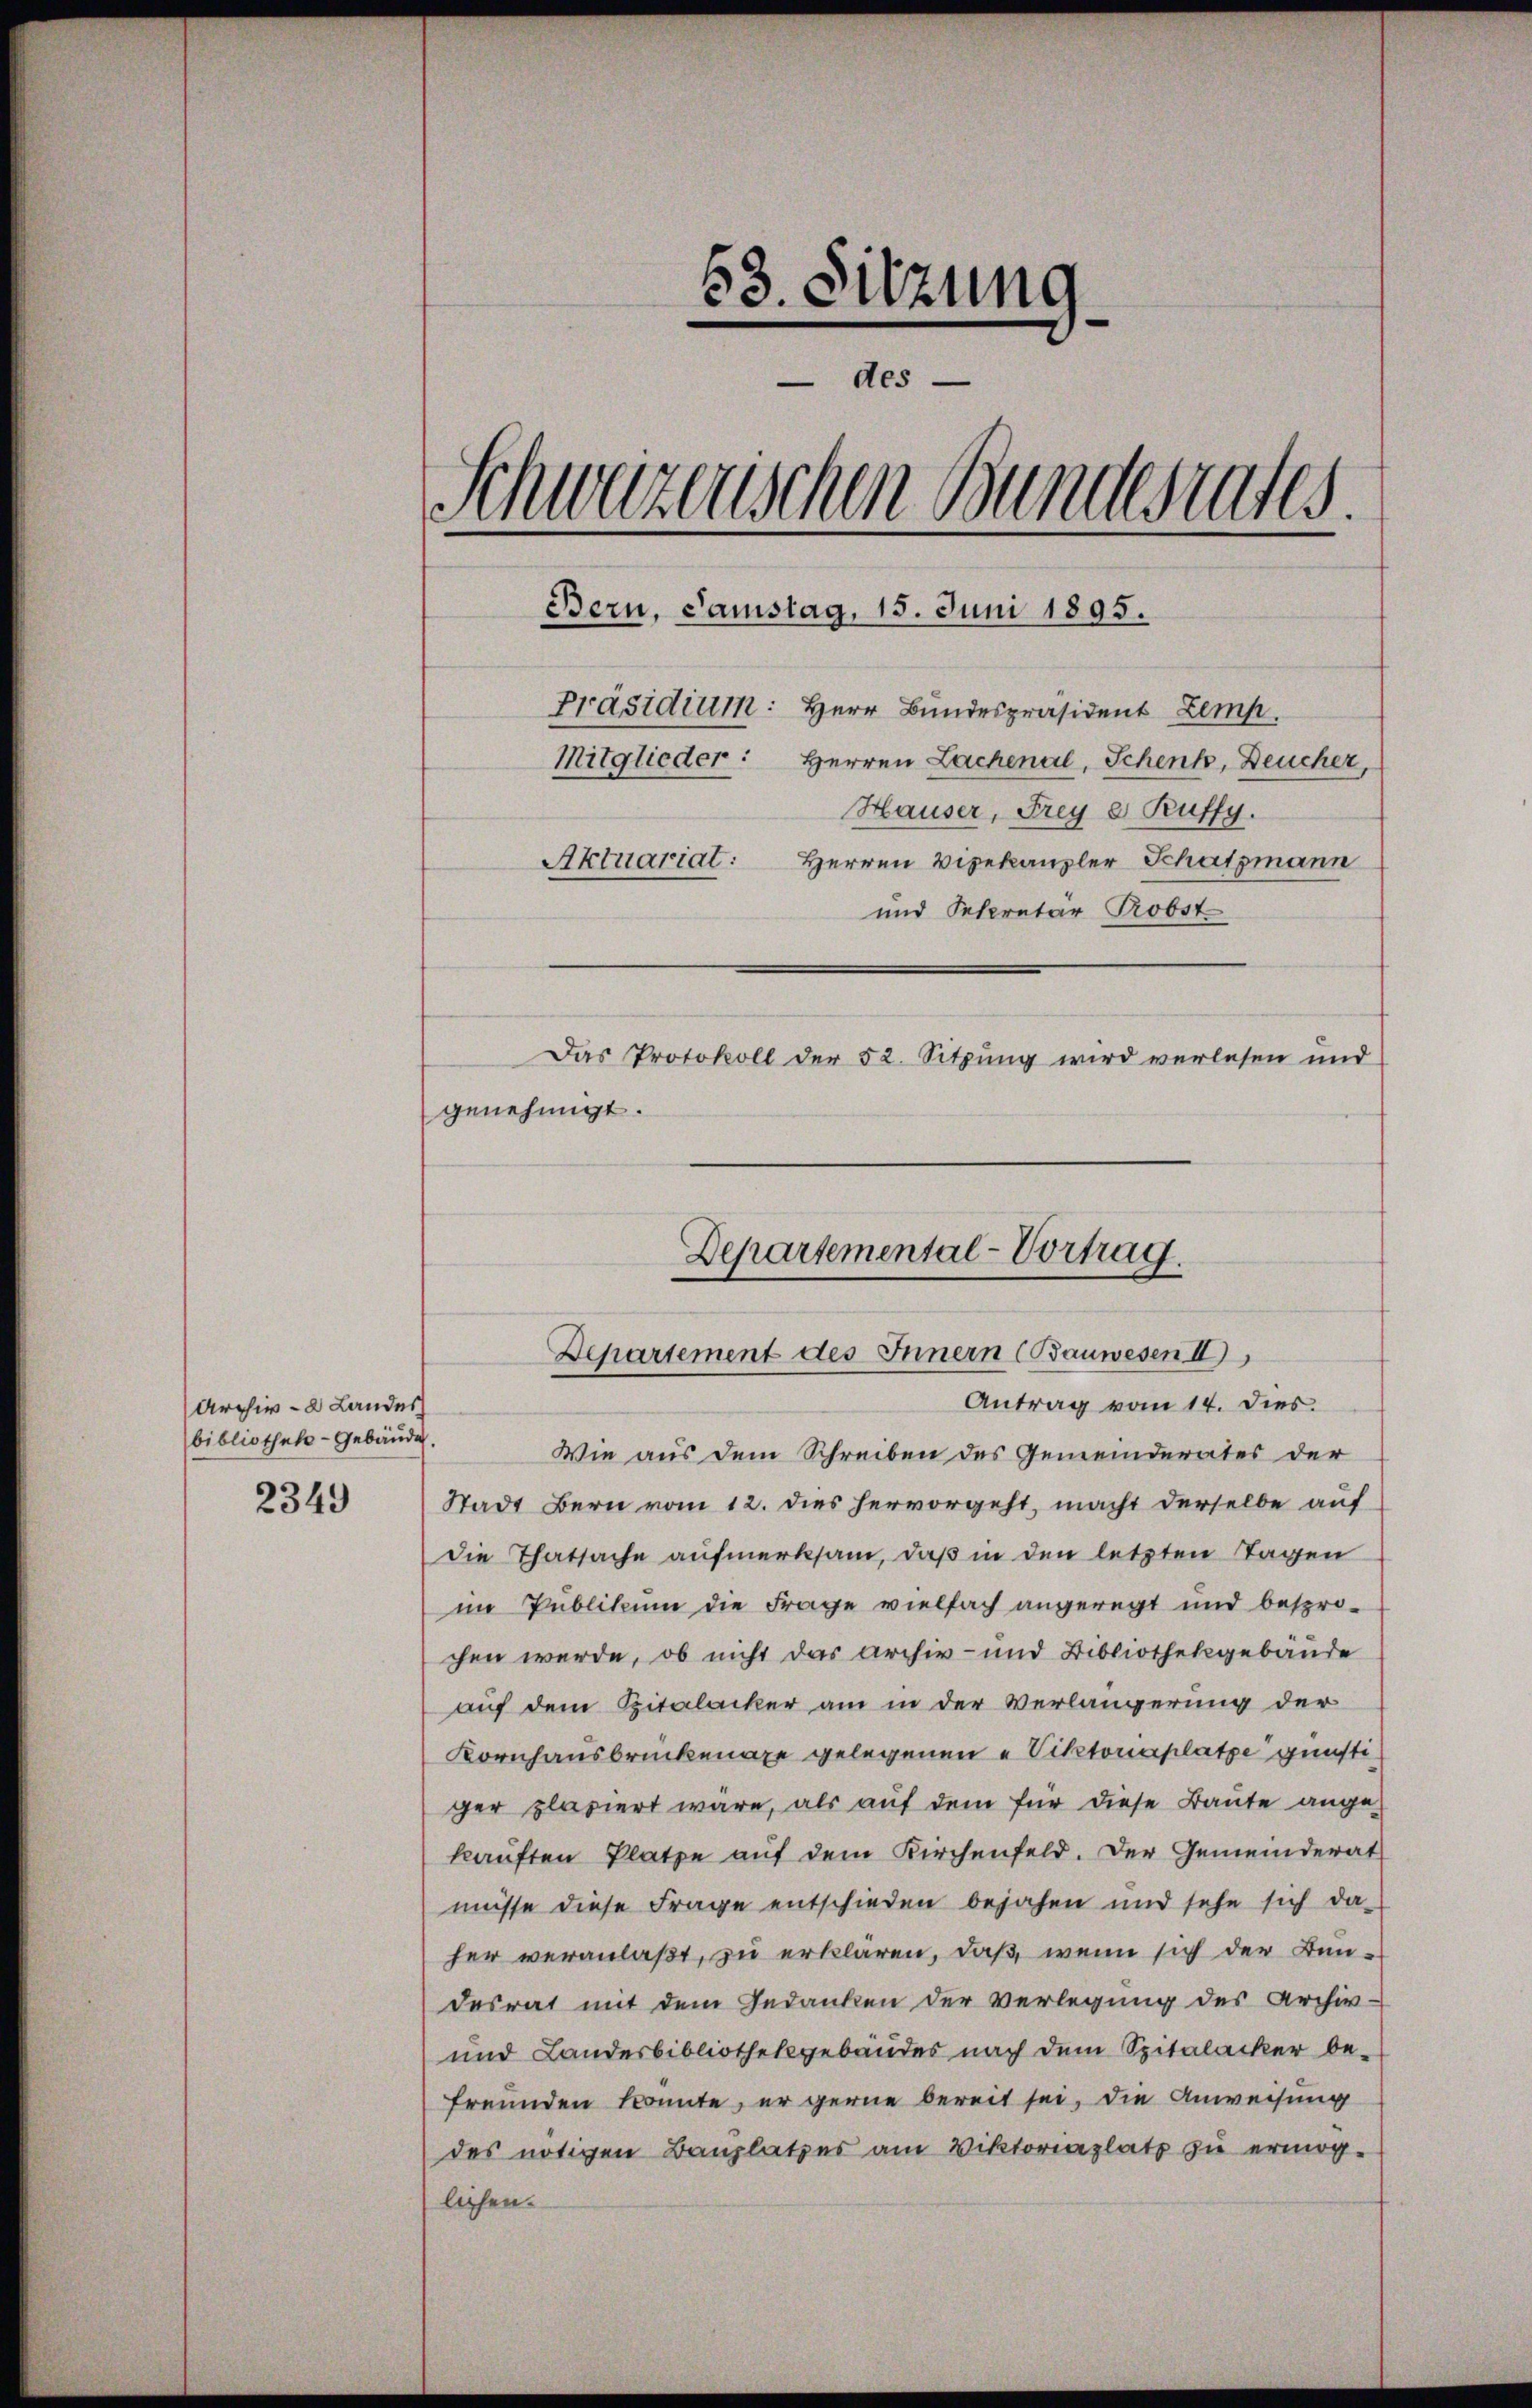
Archiv-2 Landes
bibliothek-Gebäude.

2349

58. Sitzung
des.
Schweizerischen Bundesrates.
Bern, Samstag, 15. Juni 1895.
Präsidium: Herr Bundespräsident Zemp
Mitglieder: Herren Lachenal, Schenk, Deucher,
Hauser, Frey e Ruffy.
Aktuariat: Herren Vizekanzler Schatzmann
und Secretär Probst
Das Protokoll der 52. Sitzung wird verlesen und
genehmigt.

Departemental-Vortrag.
Departement des Innern (Bauwesen II)
Antrag vom 14. dies.

Wie aus dem Schreiben des Gemeinderates der
Stadt Bern vom 12. dies hervorgeht, macht derselbe auf
Die Thatsache aufmerksam, daß in den letzten Tagen
im Publikum die Frage vielfach angeregt und besprochen werde, ob nicht das archiv- und Bibliothekgebäude
auf dem Spitalacker am in der Verlängerung der
Kornhausbrückenaxe gelegenen „Viktoriaplatze günstiger plasiert wäre, als auf dem für diese Baute ange-
kauften Platze auf dem Kirchenfeld. Der Gemeinderat
müsse diese Frage entschieden bejahen und sehe sich da-
her veranlaßt, zu erklären, daß wenn sich der Bundesrat mit dem Gedanken der Verlegung des Archiv-
und Landesbibliothekgebäudes nach dem Spitalacker befreunden konnte, er gerne bereit sei, die Anweisung
des nötigen Bauplatzes am Viktoriaplatz zu ermöglichen.